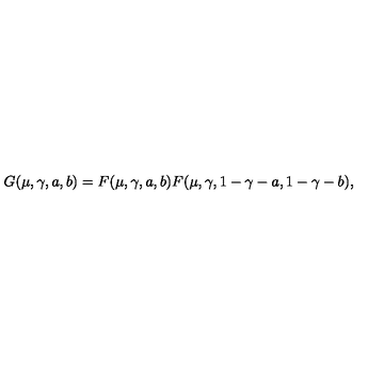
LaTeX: G ( \mu , \gamma , a , b ) = F ( \mu , \gamma , a , b ) F ( \mu , \gamma , 1 - \gamma - a , 1 - \gamma - b ) ,